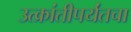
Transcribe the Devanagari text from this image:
उत्क्रांतीपर्यंतचा